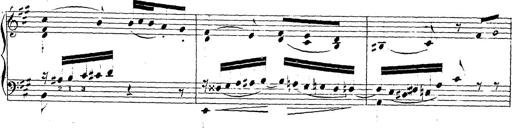
Title: Chanson bohÃ©mienne
Composer: Franz Liszt